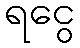
ရငွေ